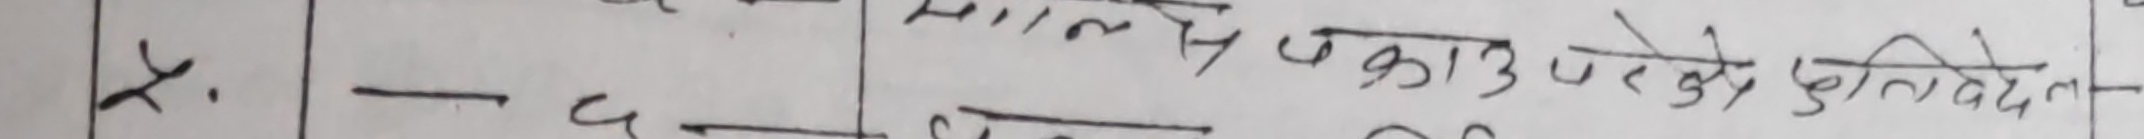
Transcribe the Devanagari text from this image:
५. - द- मालपोत अाउ उपरोक क्षति वेदनल